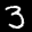
Label: 3